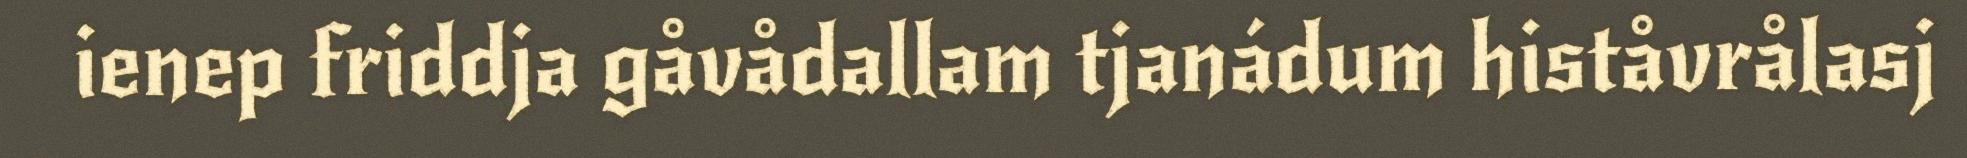
ienep friddja gåvådallam tjanádum histåvrålasj